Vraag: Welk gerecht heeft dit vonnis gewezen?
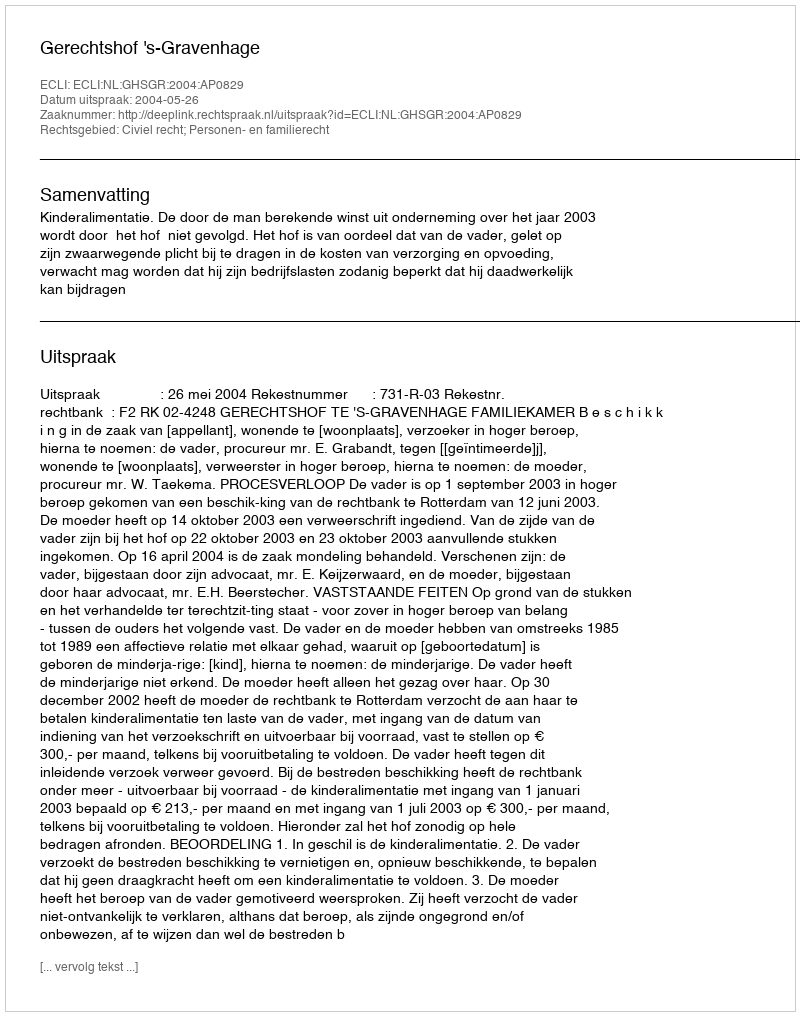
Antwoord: Gerechtshof 's-Gravenhage